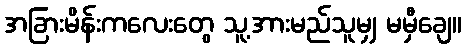
အခြားမိန်းကလေးတွေ သူ့အားမည်သူမျှ မမှီချေ။